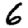
Digit: 6